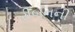
રીબનની